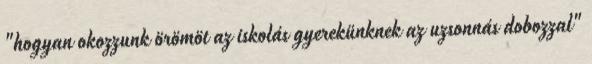
"hogyan okozzunk örömöt az iskolás gyerekünknek az uzsonnás dobozzal"